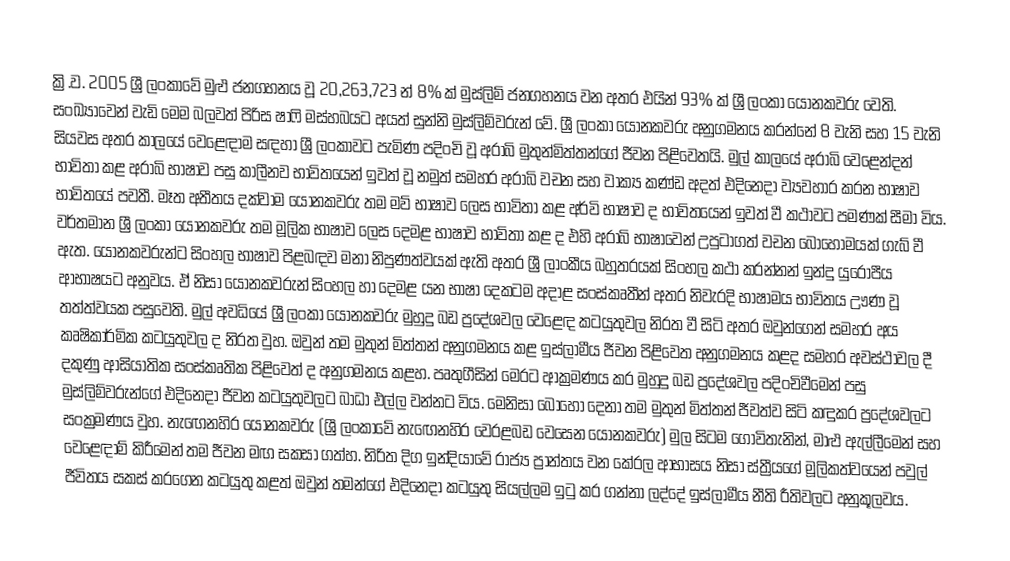
ක්‍රි.ව. 2005 ශ්‍රී ලංකාවේ  මුළු ජනගහනය වූ 20,263,723 න් 8% ක් මුස්ලිම් ජනගහනය වන අතර එයින් 93% ක් ශ්‍රී ලංකා යෝනකවරු වෙති. සංඛ්‍යාවෙන් වැඩි මෙම බලවත් පිරිස ෂාෆි මස්හබයට අයත් සුන්නි මුස්ලිම්වරුන් වේ. ශ්‍රී ලංකා යෝනකවරු අනුගමනය කරන්නේ 8 වැනි සහ 15 වැනි සියවස අතර කාලයේ වෙළෙඳාම සඳහා ශ්‍රී ලංකාවට පැමිණ පදිංචි වූ අරාබි මුතුන්මිත්තන්ගේ ජීවන පිළිවෙතයි. මුල් කාලයේ අරාබි වෙළෙන්දන් භාවිතා කළ අරාබි භාෂාව පසු කාලීනව භාවිතයෙන් ඉවත් වූ නමුත් සමහර අරාබි වචන සහ වාක්‍ය කණ්ඩ අදත් එදිනෙදා ව්‍යවහාර කරන භාෂාව භාවිතයේ පවතී. මෑත අතීතය දක්වාම යෝනකවරු තම මව් භාෂාව ලෙස භාවිතා කළ අර්වි භාෂාව ද භාවිතයෙන් ඉවත් වී කථාවට පමණක් සීමා විය. වර්තමාන ශ්‍රී ලංකා යෝනකවරු තම මූලික භාෂාව ලෙස දෙමළ භාෂාව භාවිතා කළ ද එහි අරාබි භාෂාවෙන් උපුටාගත් වචන බොහෝමයක් ගැබ් වී ඇත. යෝනකවරුන්ට සිංහල භාෂාව පිළබඳව මනා නිපුණත්වයක් ඇති අතර ශ්‍රී ලාංකීය බහුතරයක් සිංහල කථා කරන්නන් ඉන්දු යුරෝපීය ආභාෂයට අනුවය. ඒ නිසා යෝනකවරුන් සිංහල හා දෙමළ යන භාෂා දෙකටම අදාළ සංස්කෘතීන් අතර නිවැරදි භාෂාමය භාවිතය ඌණ වූ තත්ත්වයක පසුවෙති. මුල් අවධියේ ශ්‍රී ලංකා යෝනකවරු මුහුදු බඩ ප්‍රදේශවල වෙළෙඳ කටයුතුවල නිරත වී සිටි අතර ඔවුන්ගෙන් සමහර අය කෘෂිකාර්මික කටයුතුවල ද නිරත වුහ. ඔවුන් තම මුතුන් මිත්තන් අනුගමනය කළ ඉස්ලාමීය ජීවන පිළිවෙත අනුගමනය කළද සමහර අවස්ථාවල දී දකුණු ආසියාතික සංස්කෘතික පිළිවෙත් ද අනුගමනය කළහ. පෘතුගීසින් මෙරට ආක්‍රමණය කර මුහුදු බඩ ප්‍රදේශවල පදිංචිවීමෙන් පසු මුස්ලිම්වරුන්ගේ එදිනෙදා ජීවන කටයුතුවලට බාධා එල්ල වන්නට විය. මෙනිසා බොහෝ දෙනා තම මුතුන් මිත්තන් ජීවත්ව සිටි කඳුකර ප්‍රදේශවලට සංක්‍රමණය වුහ. නැඟෙනහිර යෝනකවරු (ශ්‍රී ලංකාවේ නැඟෙනහිර වෙරළබඩ වෙසෙන යෝනකවරු) මුල සිටම ගොවිතැනින්, මාළු ඇල්ලීමෙන් සහ වෙළෙඳාම් කිරීමෙන් තම ජීවන මඟ සකසා ගත්හ. නිරිත දිග ඉන්දියාවේ රාජ්‍ය ප්‍රාන්තය වන කේරල ආභාසය නිසා ස්ත්‍රීයගේ මූලිකත්වයෙන් පවුල් ජීවිතය සකස් කරගෙන කටයුතු කළත් ඔවුන් තමන්ගේ එදිනෙදා කටයුතු සියල්ලම ඉටු කර ගන්නා ලද්දේ ඉස්ලාමීය නීති රීතිවලට අනුකූලවය.